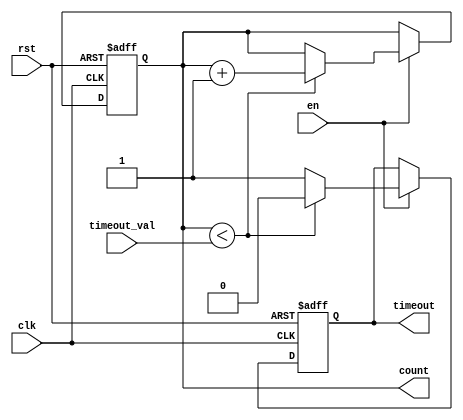
module timeout_counter #(
    parameter WIDTH = 8 // Width of the counter and timeout value
)(
    input wire clk,                   // Clock input
    input wire rst,                   // Asynchronous reset
    input wire en,                    // Enable signal
    input wire [WIDTH-1:0] timeout_val, // Configurable time-out value
    output reg [WIDTH-1:0] count,     // Current count value
    output reg timeout                 // Time-out signal
);

// Always block for the counter and control logic
always @(posedge clk or posedge rst) begin
    if (rst) begin
        count <= 0;                  // Reset count to 0
        timeout <= 0;                // Deactivate timeout signal
    end else if (en) begin
        if (count < timeout_val) begin
            count <= count + 1;      // Increment count if less than timeout value
            timeout <= 0;            // Keep timeout signal inactive
        end else begin
            timeout <= 1;            // Activate timeout signal
        end
    end
end

endmodule